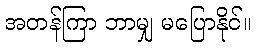
အတန်ကြာ ဘာမျှ မပြောနိုင်။